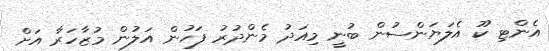
އެންޓި ކޫ އެލަޔަންސުން ބުނީ މިއަދު މެންދުރު ފަހުން އަލުން މުޒާހަރާ އަށް